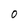
Character: O